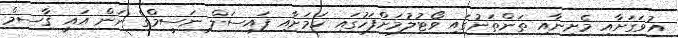
އުވަގަށާއި މެށިނާއި ތަންތަނުގައި ވޯޓުލުމަށްފަހުގައި ކަމަށާއި ފައިސަލް ނަސީމްގެ ނަން އައީ ޤާސިމް